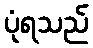
ပုံရသည်